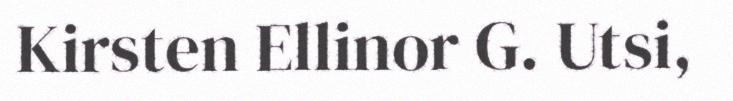
Kirsten Ellinor G. Utsi,